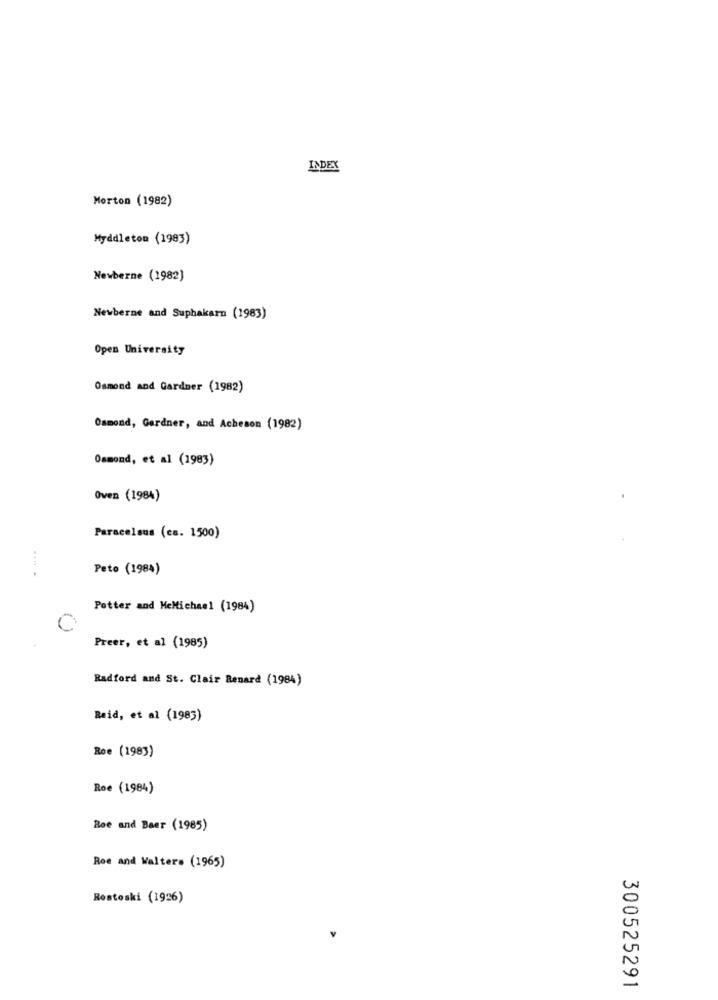
INDEX
Morton (1982)
Myddleton (1983)
Newberne (1982)
Newberne and Suphakarn (1983)
Open University
Osmond and Gardner (1982)
Osmond, Gardner, and Acheson (1982)
Osmond, et al (1983)
Oven (1984)
Paracelsus (ca. 1500)
Peto (1984)
Potter and MeMichael (1984)
C
Preer, et al (1985)
Radford and St. Clair Renard (1984)
Reid, et al (1985)
Roe (1983)
Roe (1984)
Ree and Baer (1985)
Roe and Walters (1965)
Rostoski (1926)
300525291